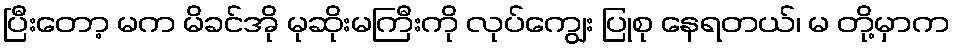
ပြီးတော့ မက မိခင်အို မုဆိုးမကြီးကို လုပ်ကျွေး ပြုစု နေရတယ်၊ မ တို့မှာက